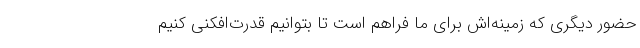
حضور دیگری که زمینه‌اش برای ما فراهم است تا بتوانیم قدرت‌افکنی کنیم